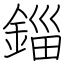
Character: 錙